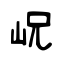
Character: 岲